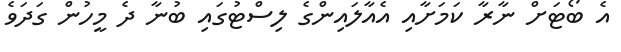
އެ ބޯޓަށް ނާރާ ކަމަށާއި އެއާލައިންގެ ލިސްޓުގައި ބުނާ ދެ މީހުން ގަދަވެ